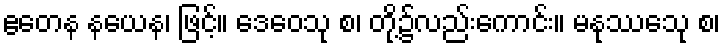
ဧတေန နယေန၊ ဖြင့်။ ဒေဝေသု စ၊ တို့၌လည်းကောင်း။ မနုဿေသု စ၊